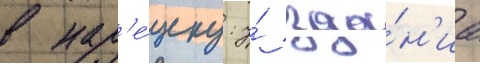
в нар'е́зку: у́ зда́н'иа